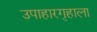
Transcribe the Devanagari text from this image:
उपाहारगृहाला